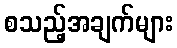
စသည့်အချက်များ